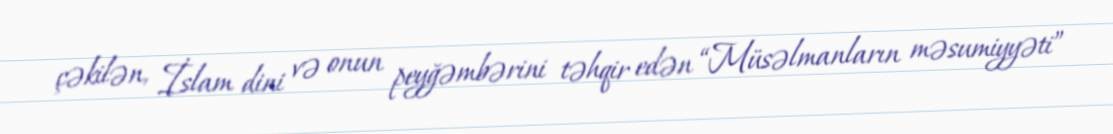
çəkilən, İslam dini və onun peyğəmbərini təhqir edən “Müsəlmanların məsumiyyəti”